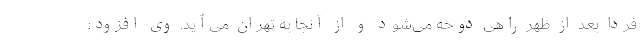
فردا بعد از ظهر راهی دوحه می‌شود و از آنجا به تهران می‌آید. وی افزود: